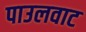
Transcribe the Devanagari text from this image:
पाउलवाट